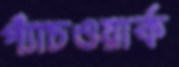
প্যাঁচওয়ার্ক